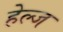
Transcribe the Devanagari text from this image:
हेल्ज